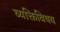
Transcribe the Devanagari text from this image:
व्यक्तिविषय